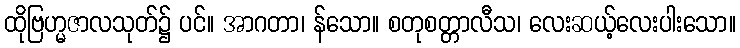
ထိုဗြဟ္မဇာလသုတ်၌ ပင်။ အာဂတာ၊ န်သော။ စတုစတ္တာလီသ၊ လေးဆယ့်လေးပါးသော။